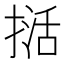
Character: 𭡭